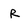
Character: R